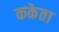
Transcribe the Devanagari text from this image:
ककेता